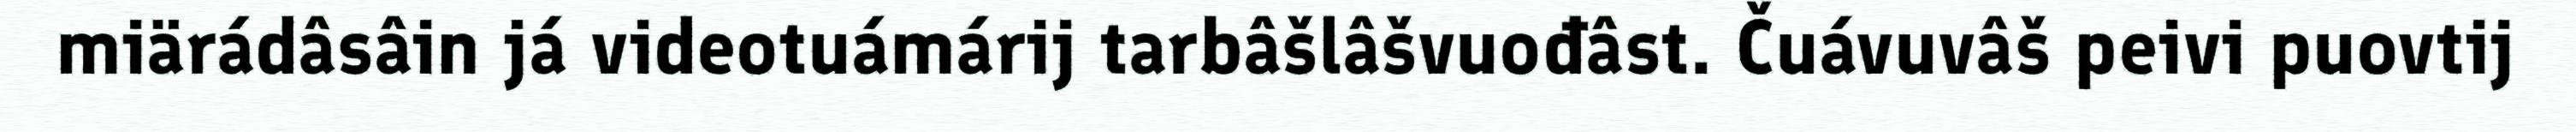
miärádâsâin já videotuámárij tarbâšlâšvuođâst. Čuávuvâš peivi puovtij